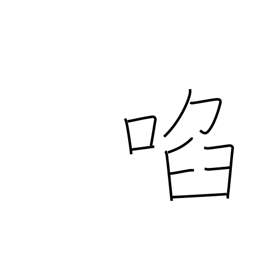
Meaning: allure